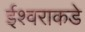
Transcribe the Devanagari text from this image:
ईश्‍वराकडे